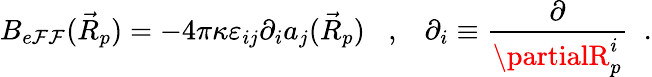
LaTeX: B_{e\mathcal{F}\mathcal{F}}(\vec{{R}}_{p})=-4\pi\kappa\varepsilon_{ij}\partial_{i}a_{j}(\vec{{R}}_{p})\; \; \; ,\; \; \; \partial_{i}\equiv\frac{{\partial}}{{\partialR_{p}^{i}}}\; \; .